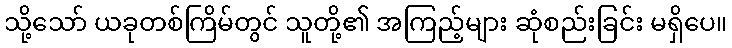
သို့သော် ယခုတစ်ကြိမ်တွင် သူတို့၏ အကြည့်များ ဆုံစည်းခြင်း မရှိပေ။